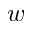
w